Leaving Certificate Examination, 1922
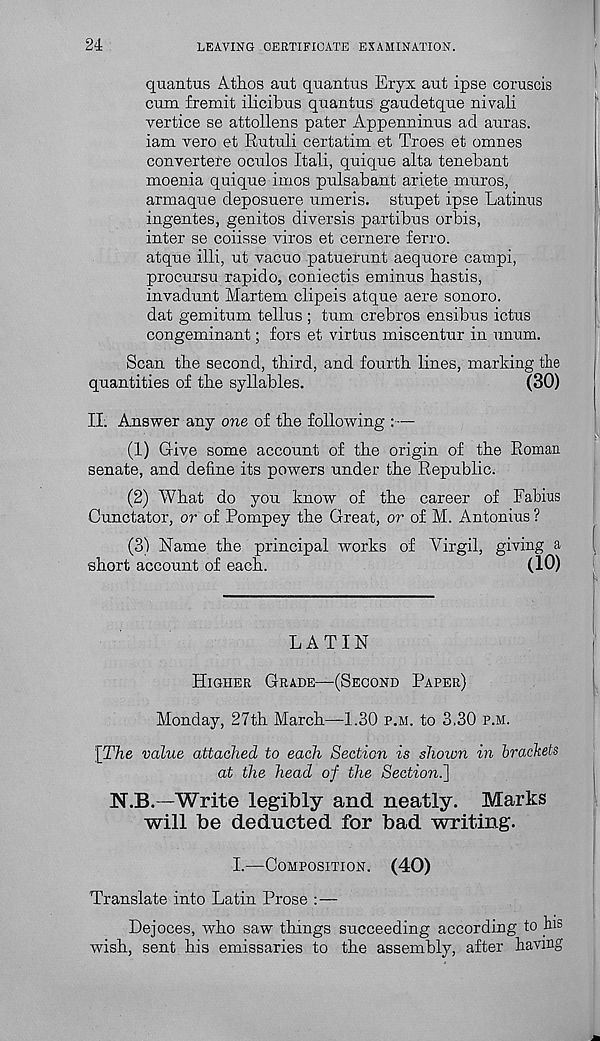
24
LEAVING CERTIFICATE EXAMINATION.
quantus Athos ant quantus Eryx ant ipse coruscis
cum fremit ilicibus qnantus gaudetque nivali
vertice se attollens pater Appenninus ad auras,
iam vero et Rutuli certatim et Trees et omnes
convertere oculos Itali, qnique alta tenebant
moenia quique imos pulsabant ariete muros,
armaque deposnere umeris. stupet ipse Latinus
ingentes, genitos diversis partibus orbis,
inter se coiisse viros et cernere ferro.
atque illi, ut vacuo patuerunt aequore campi,
procursu rapido, coniectis eminus bastis,
invadunt Martem clipeis atque aere sonoro.
dat gemitum tellus ; turn crebros ensibus ictus
congeminant; fors et virtus miscentur in unum.
Scan tbe second, third, and fourth lines, marking the
quantities of the syllables.
(30)
II. Answer any one of the following :—
(1) Give some account of the origin of the Roman
senate, and define its powers under the Republic.
(2) What do you know of the career of Fabius
Cunctator, or of Pompey the Great, or of M. Antonins ?
(3) Name the principal works of Virgil, giving a
short account of each.
(10)
LATIN
HIGHER GRADE—(SECOND PAPER)
Monday, 27th March—1.30 P.M. to 3.30 P.M.
\The value attached to each Section is shown in brackets
at the head of the Sectioni]
N.B.—Write legibly and neatly. Marks
will be deducted for bad writing.
I.—COMPOSITION.
(40)
Translate into Latin Prose : —
Dejoces, who saw things succeeding according to his
wish, sent his emissaries to the assembly, after having